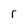
Character: r